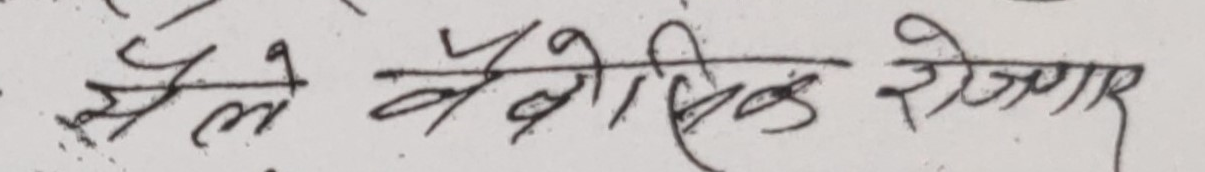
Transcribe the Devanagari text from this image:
ले वेसिक रोजगार